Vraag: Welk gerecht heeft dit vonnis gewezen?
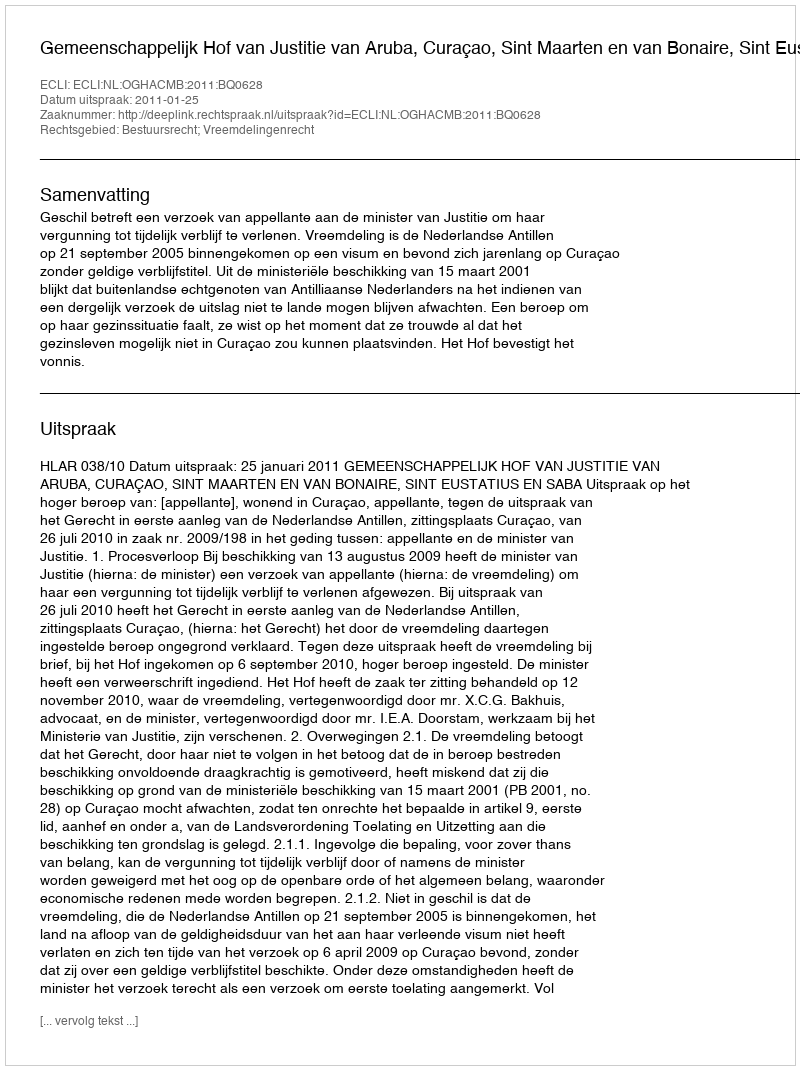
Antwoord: Gemeenschappelijk Hof van Justitie van Aruba, Curaçao, Sint Maarten en van Bonaire, Sint Eustatius en Saba